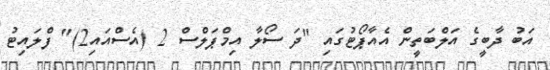
އަބު ދާބީގެ އަލްބަތީން އެއާޕޯޓުގައި "ދަ ސޯލާ އިމްޕަލްސް 2 (އެސްއައި2)" ފްލައިޓު